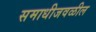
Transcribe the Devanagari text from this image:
समाधीजवळील